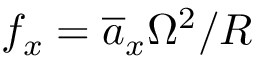
f _ { x } = \overline { { a } } _ { x } \Omega ^ { 2 } / R